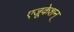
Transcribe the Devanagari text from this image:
एजूकेशन्